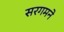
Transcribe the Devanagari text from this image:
सरगमने